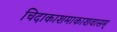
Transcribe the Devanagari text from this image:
चिदाकाशमाकाशवासम्